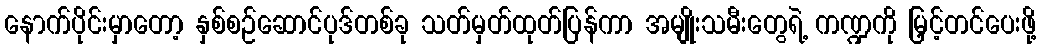
နောက်ပိုင်းမှာတော့ နှစ်စဉ်ဆောင်ပုဒ်တစ်ခု သတ်မှတ်ထုတ်ပြန်ကာ အမျိုးသမီးတွေရဲ့ ကဏ္ဍကို မြှင့်တင်ပေးဖို့